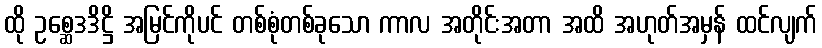
ထို ဥစ္ဆေဒဒိဋ္ဌိ အမြင်ကိုပင် တစ်စုံတစ်ခုသော ကာလ အတိုင်းအတာ အထိ အဟုတ်အမှန် ထင်လျက်